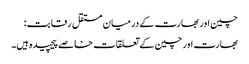
چین اور بھارت کے درمیان مستقل رقابت:
بھارت اور چین کے تعلقات خاصے پیچیدہ ہیں۔